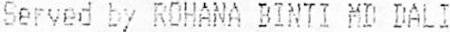
SERVED BY ROHANA BINTI MD DALI